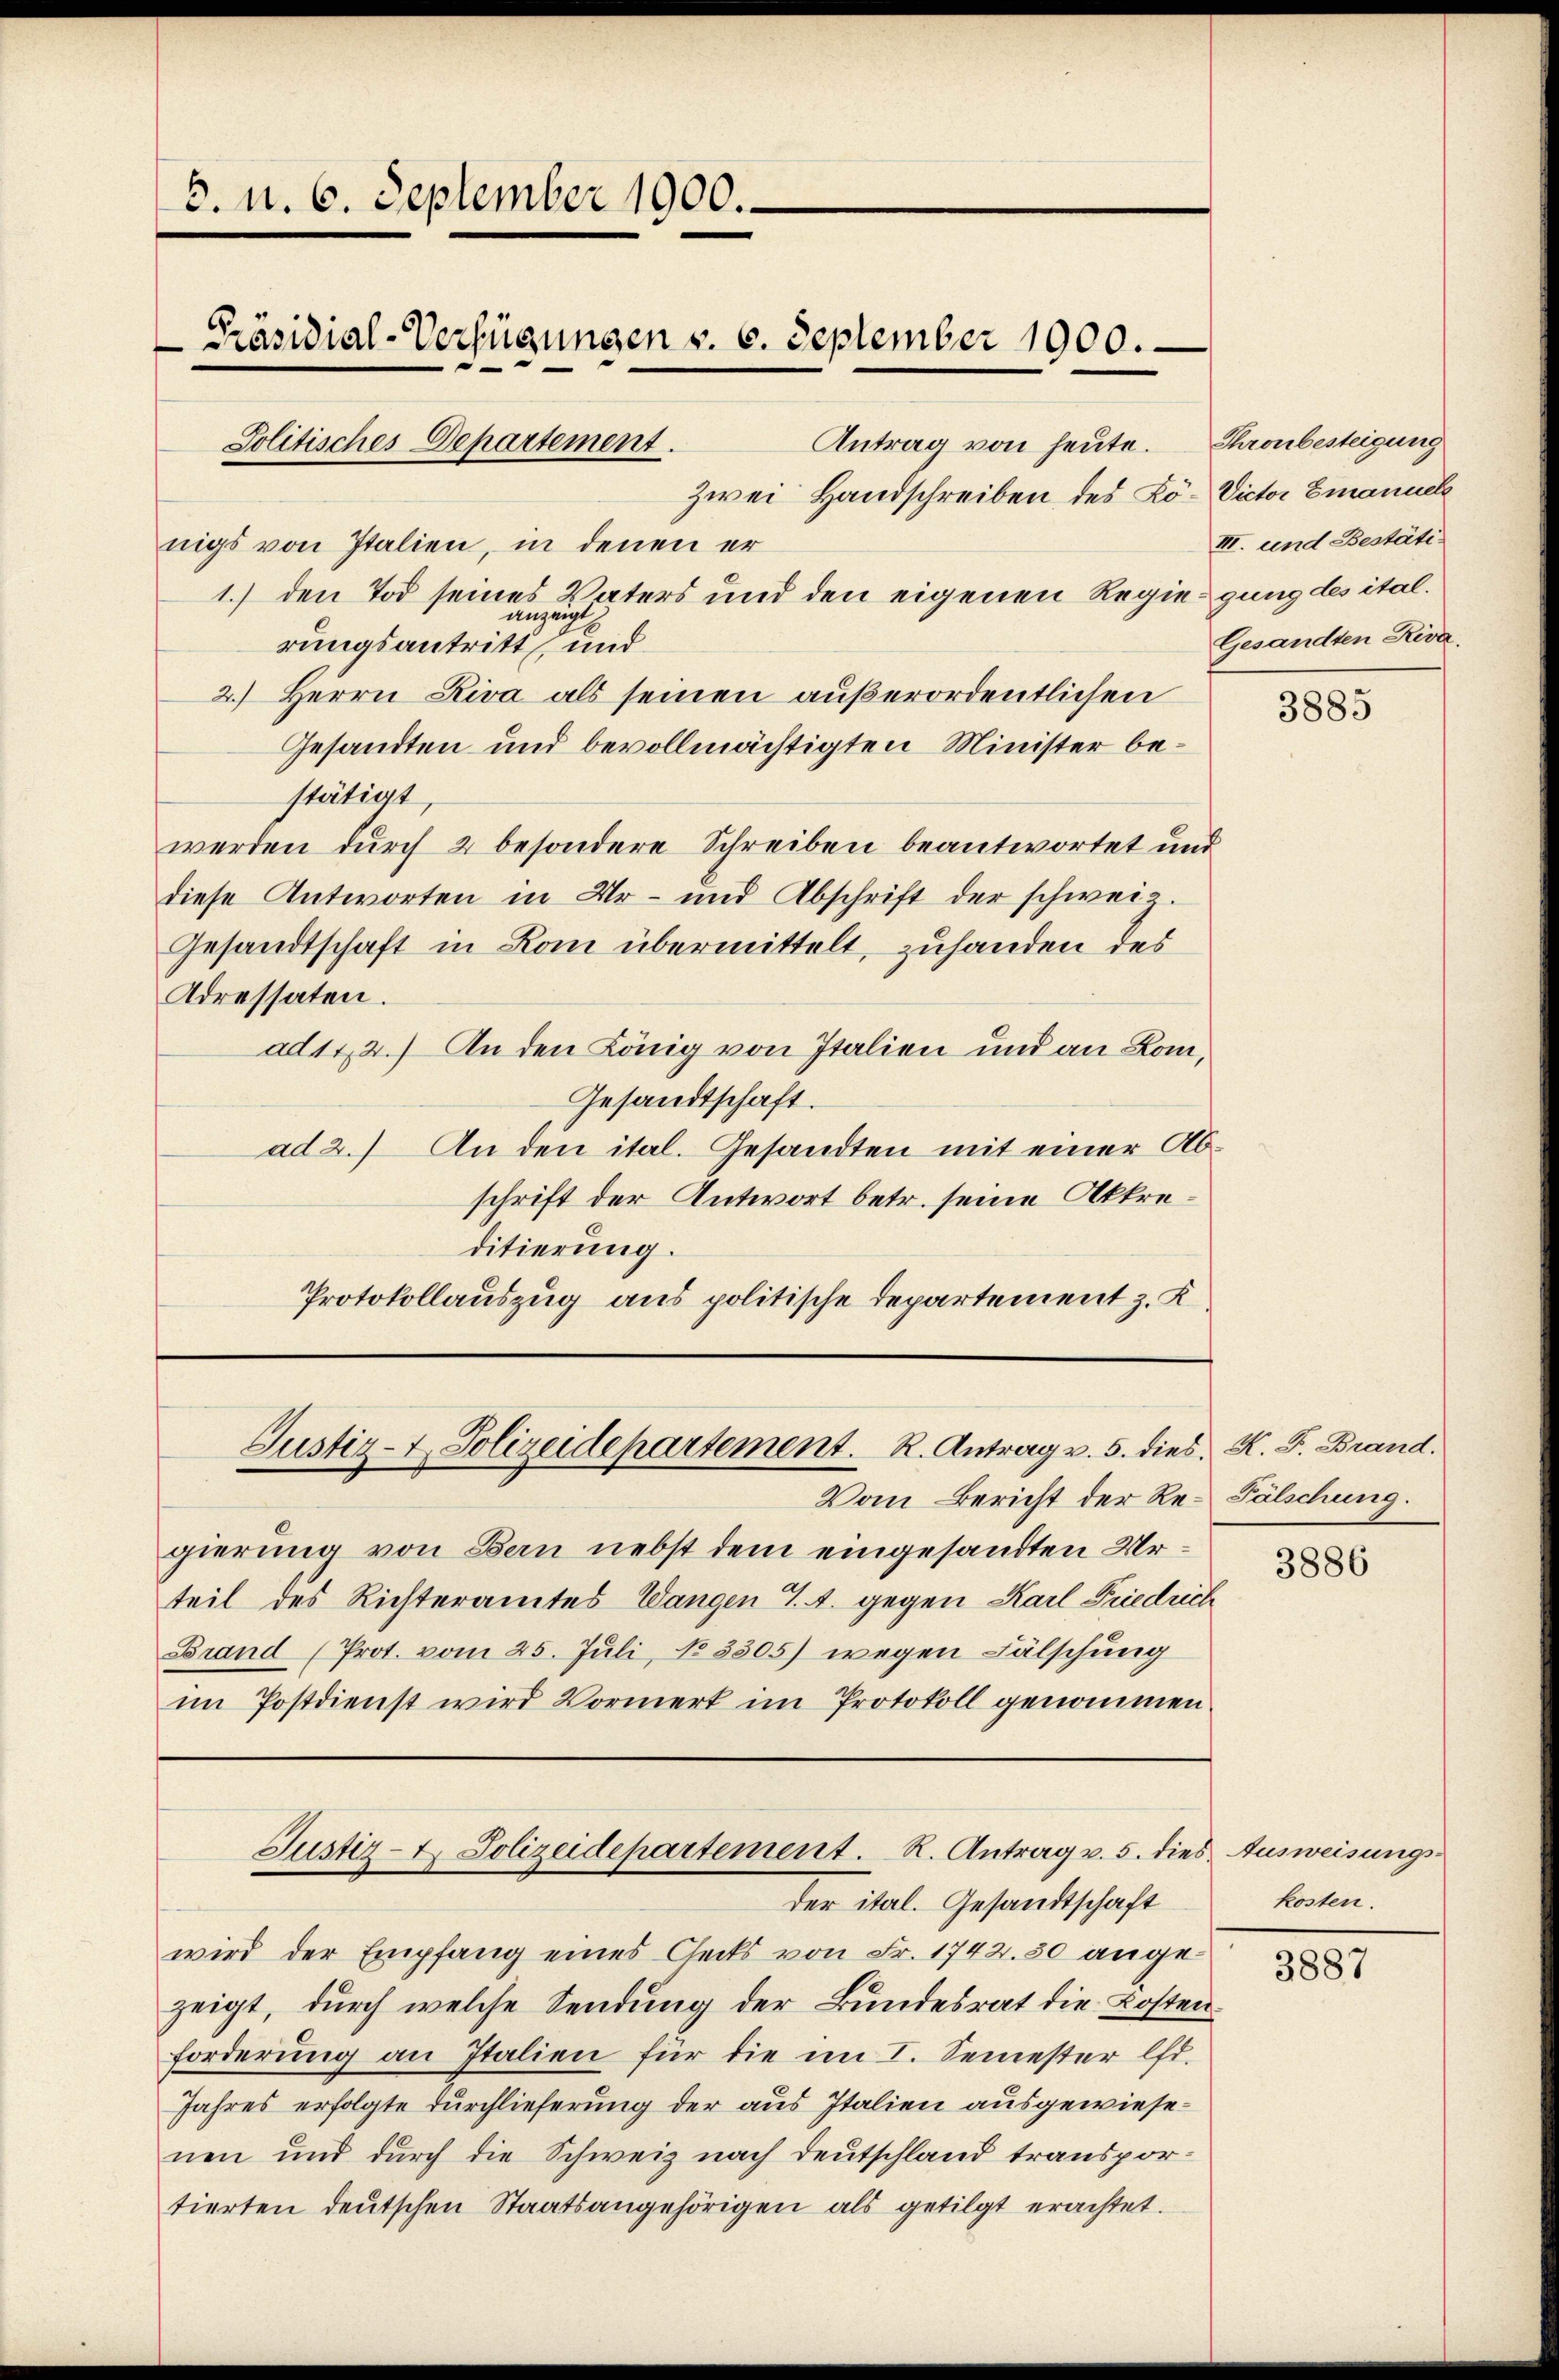
zwei Handschreiben des Kö- Victor Emanuel
nigs von Italien, in denen er
1.) den Tod seines Vaters und den eigenen Regiengung des ital.
rungsantreten und
2.) Herrn Riva als seinen außerordentlichen
Gesandten und bevollmächtigten Minister bestätigt,
werden durch 2 besondere Schreiben beantwortet und
diese Antworten in Ur- und Abschrift der schweiz.
Gesandtschaft in Rom übermittelt, zuhanden des
Adressaten.
ad 142.) An den König von Italien und an Lom,
Gesandtschaft.
ad 2.) An den ital. Gesandten mit einer Abschrift der Antwort betr. seine Akkreditierung.
Protokollauszug aus politische Departement z. K

6. u. 6. September 1900.
Präsidial-Verfügungen v. 6. September 1900.
Antrag von heute.  Thronbesteigung
Politisches Departement.

Justiz- & Polizeidepartement. R. Antrag v. 5. dies. K. F. Brand.

Vom Bericht der Re-Fälschung.
gierung von Bern nebst dem eingesandten Urteil des Richteramtes Wangen 7. A. gegen Karl Friedrich
Brand (Prot. vom 25. Juli, No 3305) wegen Fälschung
im Postdienst wird Vormerk im Protokoll genommen

Justiz- t. Polizeidepartement. R. Antrag v. 5. dies Ausweisungs-
der ital. Gesandtschaft

III. und Bestäti
Gesandten Riva.

wird der Empfang eines Cecks von Fr. 1742.50 angezeigt, durch welche Sendung der Bundesrat die Kosten
forderŭng an Italien für die im I. Semester lfd.
Jahres erfolgte Durchlieferung der aus Italien ausgewiesenen und durch die Schweiz nach Deutschland transportierten deŭtschen Staatsangehörigen als getilgt erachtet.

3885

3886

kosten.

3887